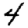
Digit: 4